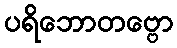
ပရိဘောတဗ္ဗော